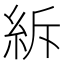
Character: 𥿊